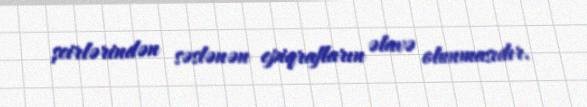
şeirlərindən səslənən epiqrafların əlavə olunmasıdır.